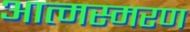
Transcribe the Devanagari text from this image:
आत्मस्मरण